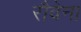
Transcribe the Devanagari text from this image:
रौवेना